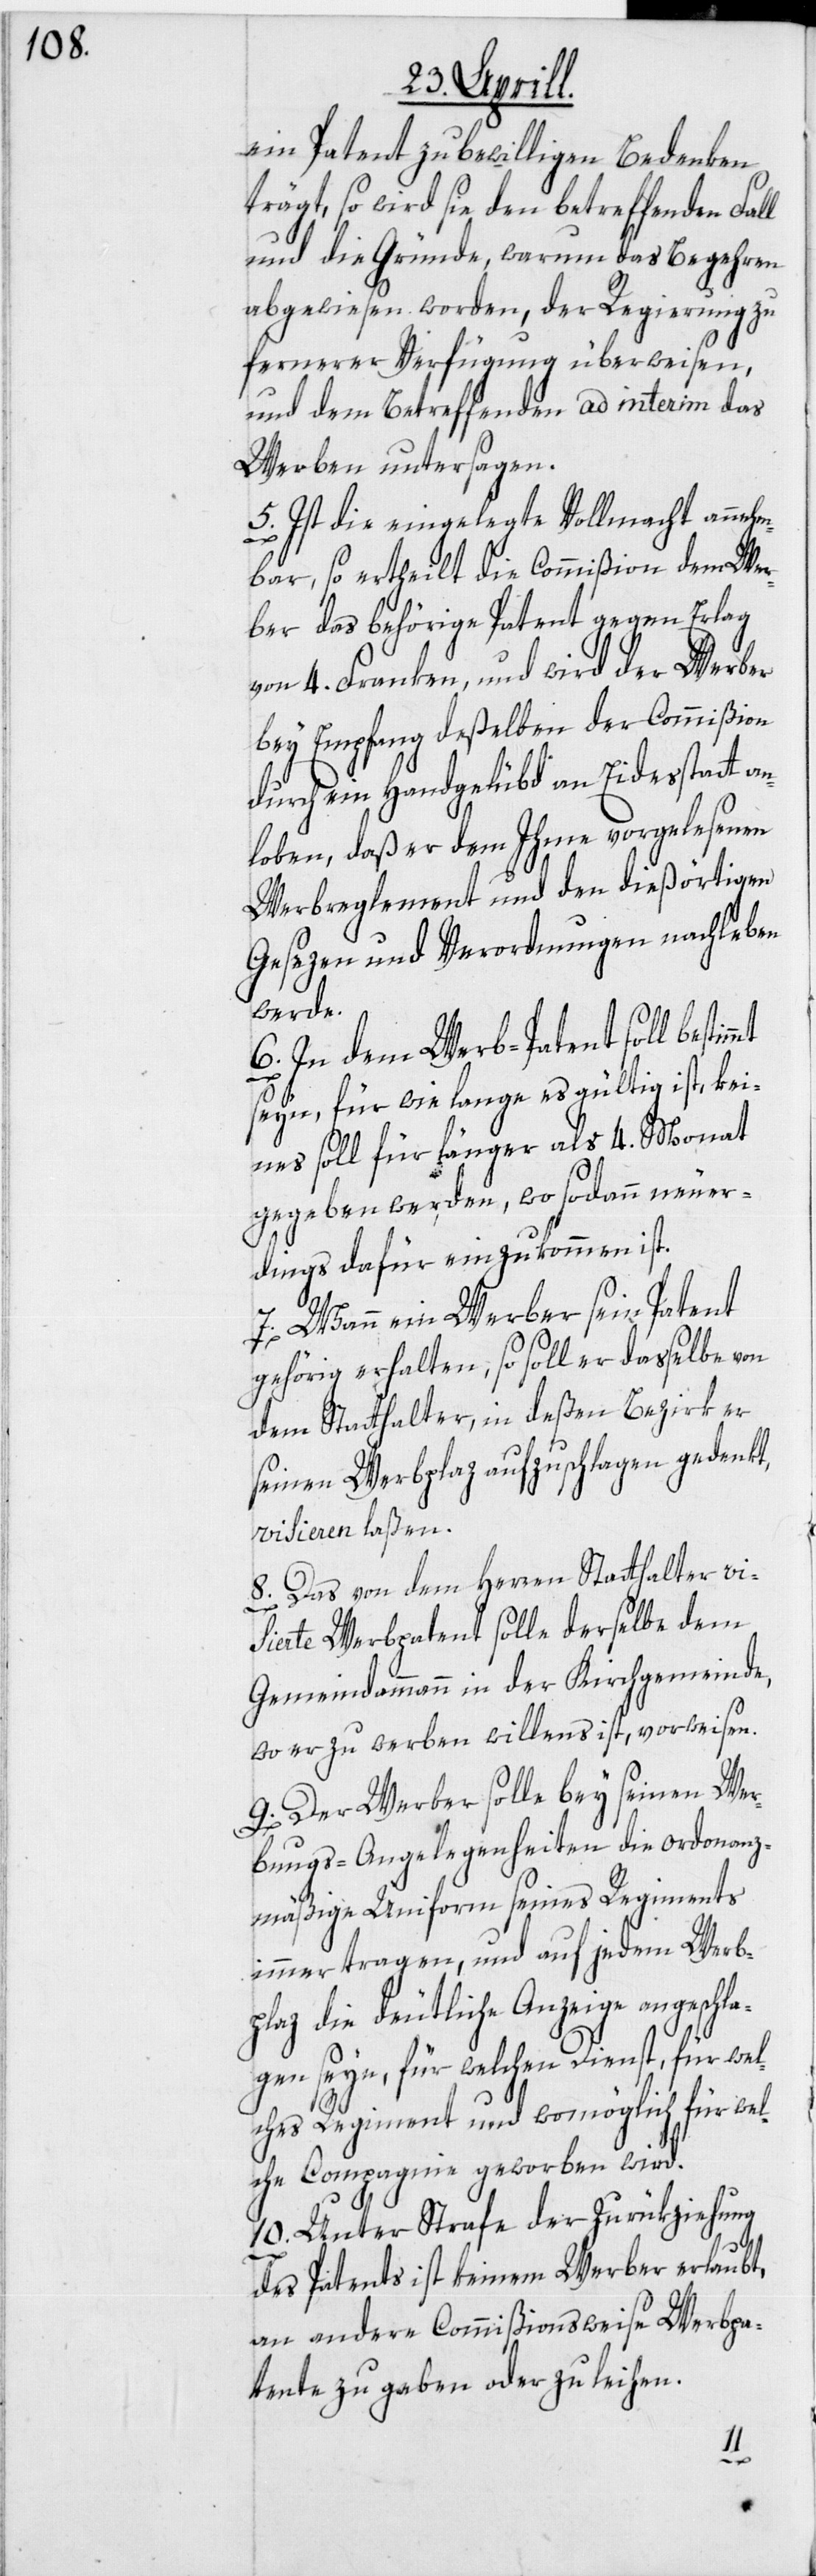
ein Patent zu bewilligen Bedenken
trägt, so wird sie den betreffenden Fall
und die Gründe, warum das Begehren
abgewiesen worden, der Regierung zu
fernerer Verfügung überweisen,
und dem Betreffenden ad interim das
Werben untersagen.
5. Ist die eingelegte Vollmacht annehm¬
bar, so ertheilt die Commißion dem Wer¬
ber das behörige Patent gegen Erlag
von 4. Franken, und wird der Werber
bey Empfang deßelben der Commißion
durch ein Handgelübd an Eidesstatt an¬
loben, daß er dem Ihme vorgelesenen
Werbreglement und den dießörtigen
Gesezen und Verordnungen nachleben
werde.
6. In dem Werb-Patent soll
seyn, für wie lange es gültig ist, kei¬
nes soll für länger als 4. Monat
gegeben werden, wo sodann neuer¬
dings dafür einzukommen ist.
7. Wann ein Werber sein Patent
gehörig erhalten, so soll er dasselbe von
dem Statthalter, in deßen Bezirk er
seinen Werbplaz aufzuschlagen gedenkt,
visieren laßen.
8. Das von dem Herren Statthalter vi¬
sierte Werbpatent solle derselbe dem
Gemeindammann in der Kirchgemeinde,
wo er zu werben willens ist, vorweisen.
9. Der Werber solle bey seinen Wer¬
bungs-Angelegenheiten die ordonanz¬
mäßige Uniform seines Regiments
immer tragen, und auf jedem Werb¬
plaz die deutliche Anzeige angeschla¬
gen seyn, für welchen Dienst, für wel¬
ches Regiment und womöglich für wel¬
che Compagnie geworben wird.
10. Unter Strafe der Zurükziehung
des Patents ist keinem Werber erlaubt,
an andere Commißionsweise Werbpa¬
tente zu gaben oder zu leihen.